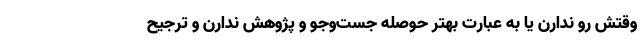
وقتش رو ندارن یا به عبارت بهتر حوصله جست‌وجو و پژوهش ندارن و ترجیح